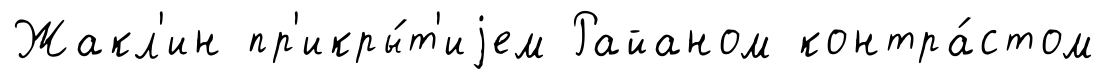
Жакл'ин пр'икры́т'иjем Райаном контра́стом